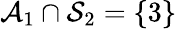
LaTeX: \mathcal{A}_{1}\cap\mathcal{S}_{2}=\{ 3\}